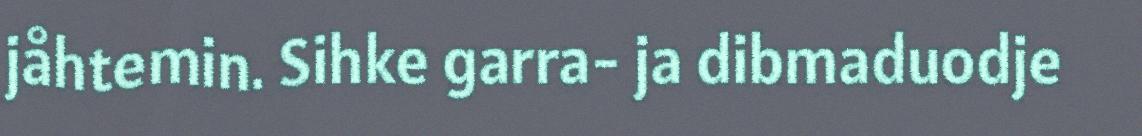
jåhtemin. Sihke garra- ja dibmaduodje